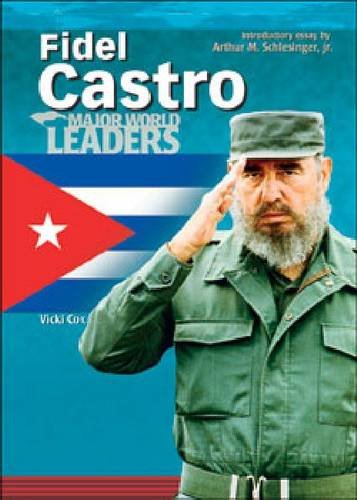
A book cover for Fidel Castro (Mwl) (Major World Leaders); Vicki Cox; Teen & Young Adult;